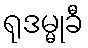
ရုဒမ္မုခီ